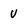
Character: U